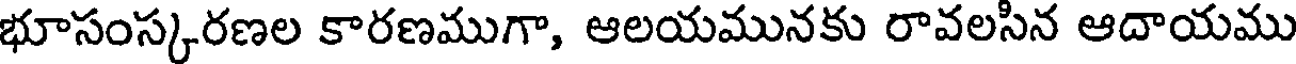
భూసంస్కరణల కారణముగా, ఆలయమునకు రావలసిన ఆదాయము